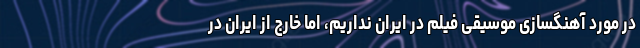
در مورد آهنگسازی موسیقی فیلم در ایران نداریم، اما خارج از ایران در